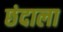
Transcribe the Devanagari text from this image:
छंदाला